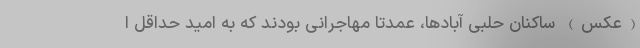
(عکس) ساکنان حلبی آبادها، عمدتا مهاجرانی بودند که به امید حداقل ا